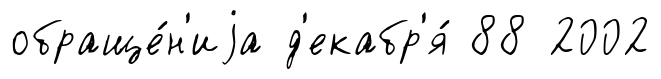
обраще́н'иjа д'екабр'я́ 88 2002